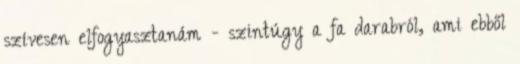
szívesen elfogyasztanám - szintúgy a fa darabról, ami ebből